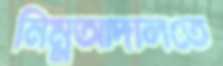
নিম্নআদালতে